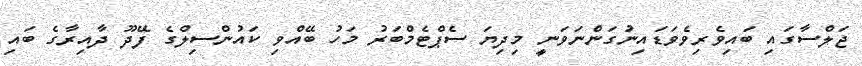
ޖަލްސާގައި ބައިވެރިވެވަޑައިނުގަންނަވަނީ މިދިޔަ ސެޕްޓެމްބަރު މަހު ބޭއްވި ކައުންސިލްގެ ފޭދޫ ދާއިރާގެ ބައި